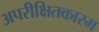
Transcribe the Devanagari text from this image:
अपरीक्षितकारम